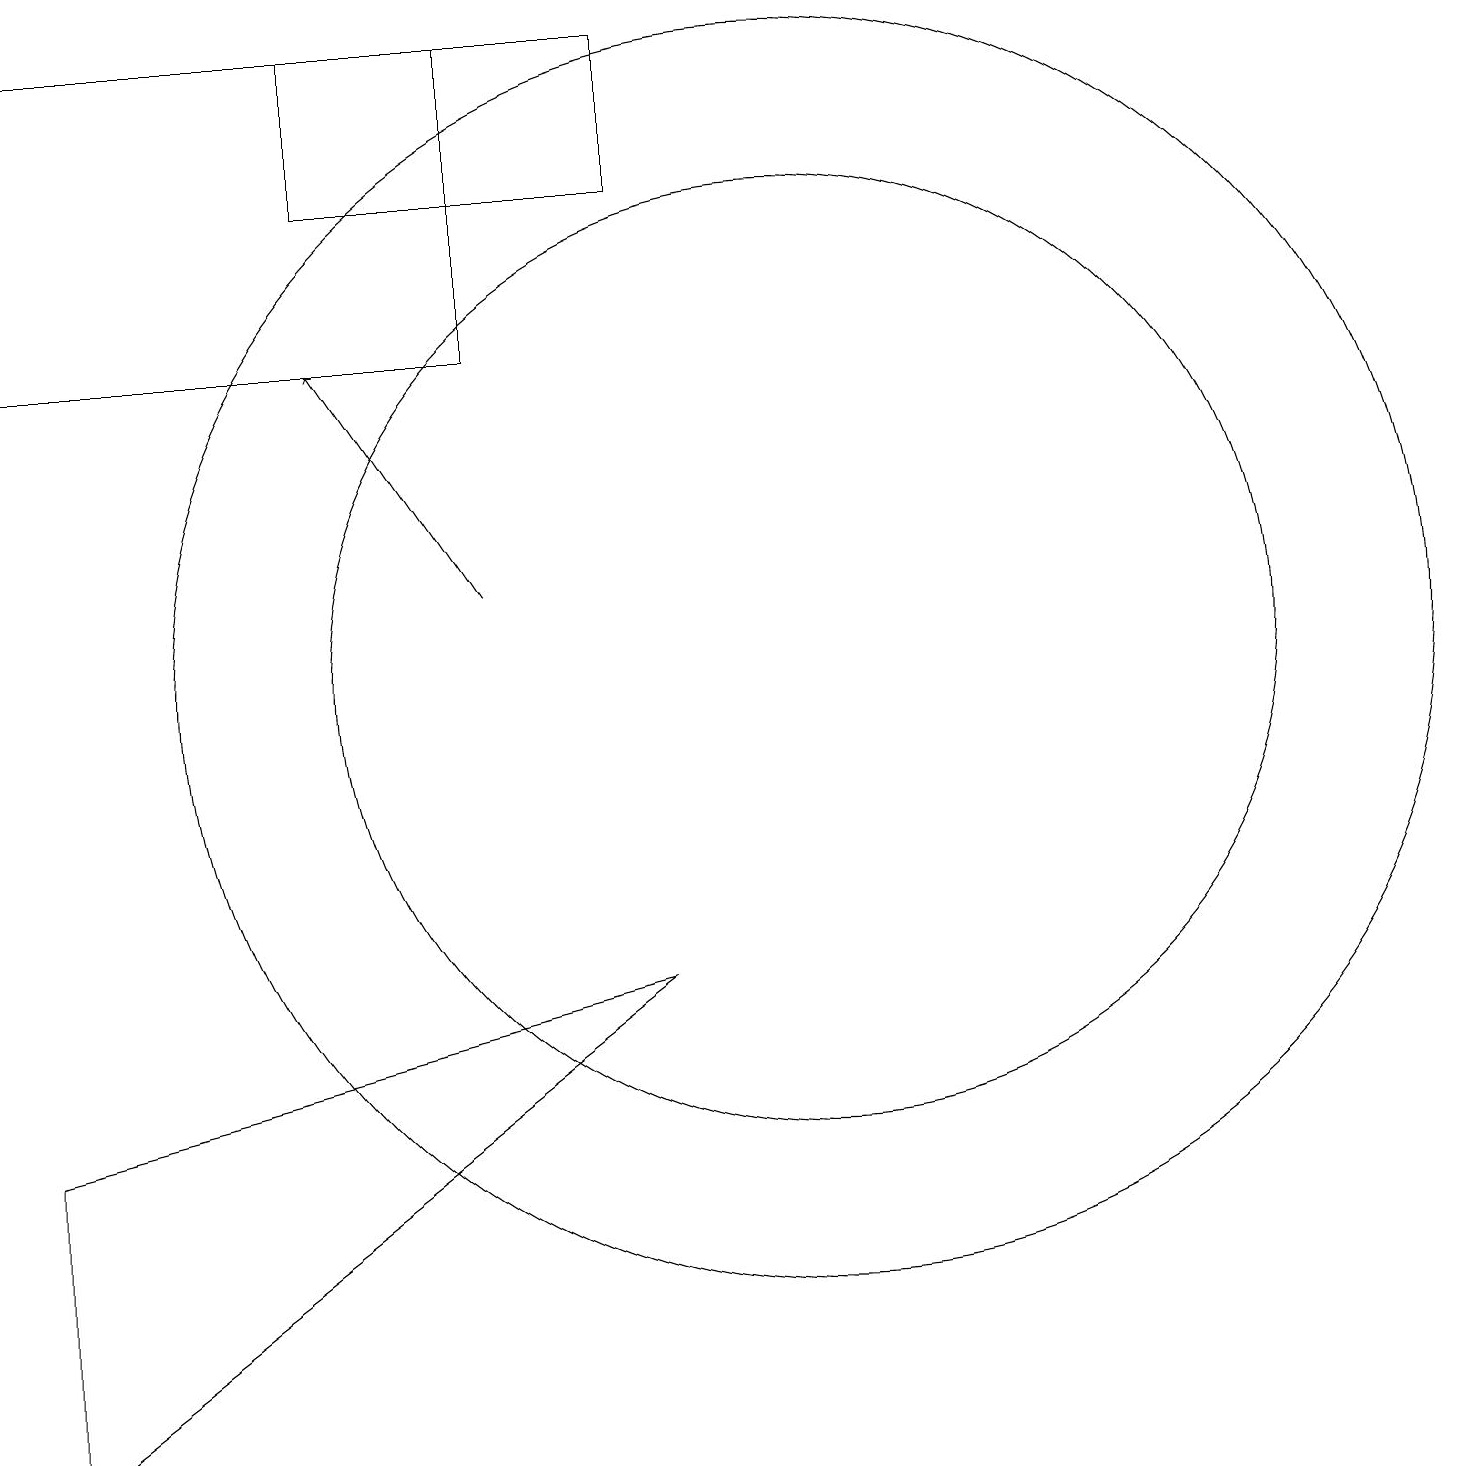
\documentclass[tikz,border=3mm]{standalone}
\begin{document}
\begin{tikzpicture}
\draw (0,5) -- (8,7) -- (0,1) -- cycle;
\draw (10,11) circle (8);
\draw[->] (6,12) -- (4,15);
\draw (4,19) rectangle (8,17);
\draw (10,11) circle (6);
\draw (0,15) rectangle (6,19);
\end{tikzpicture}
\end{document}